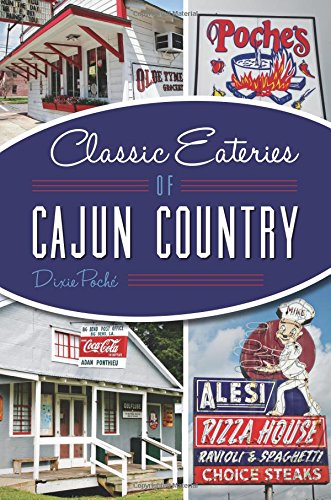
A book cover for Classic Eateries of Cajun Country (American Palate); Dixie PochÃ©; Cookbooks, Food & Wine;